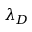
\lambda _ { D }